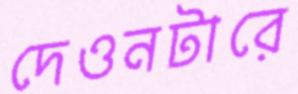
দেওনটারে